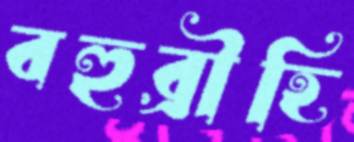
বহুব্রীহি